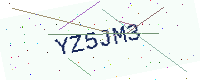
Text: YZ5JM3